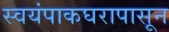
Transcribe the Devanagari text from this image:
स्वयंपाकघरापासून